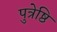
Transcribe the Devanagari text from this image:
पुत्रेष्ठि